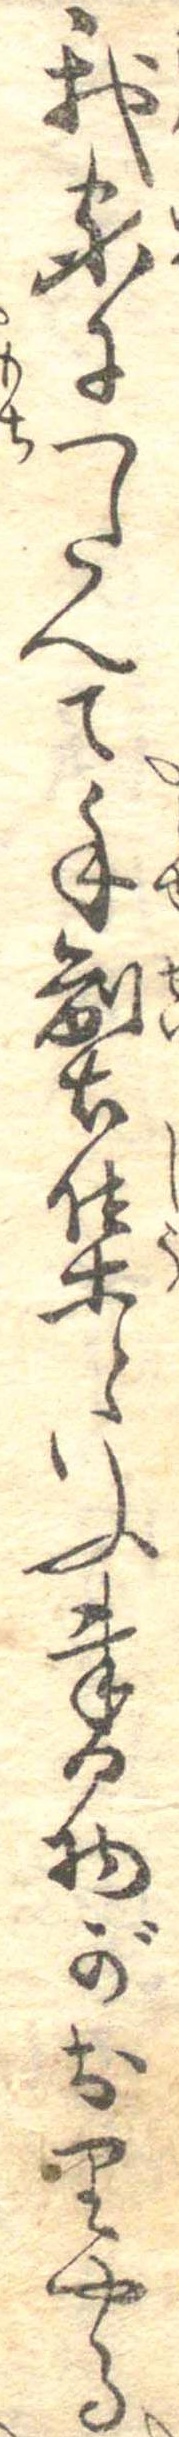
我家につたへて手製集といふ書物がおりやる